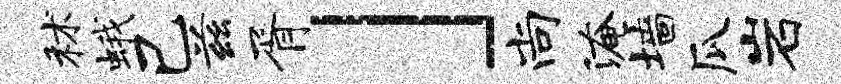
秫蛾己兹胥」尚淹墙瓜岩